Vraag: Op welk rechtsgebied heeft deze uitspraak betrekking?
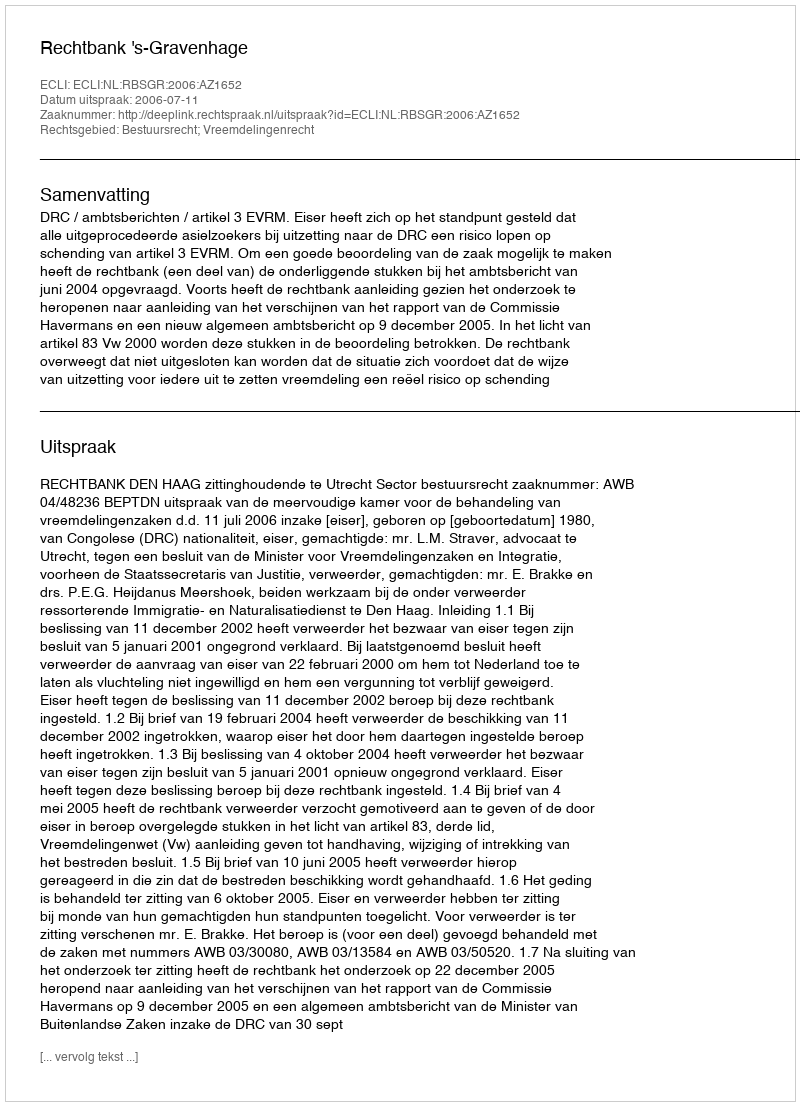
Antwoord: Bestuursrecht; Vreemdelingenrecht